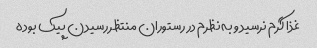
غذا گرم نرسید و به نظرم در رستوران منتظر رسیدن پیک بوده